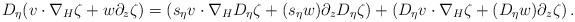
LaTeX: \begin{align*}&D_{\eta}(v\cdot \nabla_H \zeta + w\partial_z \zeta) =\left(s_{\eta} v \cdot \nabla_H D_{\eta} \zeta + (s_{\eta} w) \partial_z D_{\eta} \zeta\right)+\left(D_{\eta} v \cdot \nabla_H \zeta + (D_{\eta} w) \partial_z \zeta\right).\end{align*}